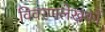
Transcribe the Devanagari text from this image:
विवरणलेखकों